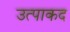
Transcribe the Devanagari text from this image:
उत्पाकद